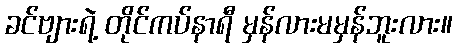
ခင်ဗျားရဲ့ တိုင်ကပ်နာရီ မှန်လားမမှန်ဘူးလား။